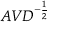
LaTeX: A V D ^ { - { \frac { 1 } { 2 } } }